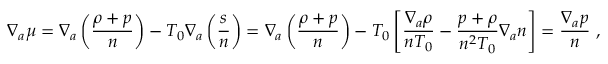
\nabla _ { a } \mu = \nabla _ { a } \left( \frac { \rho + p } { n } \right) - T _ { 0 } \nabla _ { a } \left( \frac { s } { n } \right) = \nabla _ { a } \left( \frac { \rho + p } { n } \right) - T _ { 0 } \left[ \frac { \nabla _ { a } \rho } { n T _ { 0 } } - \frac { p + \rho } { n ^ { 2 } T _ { 0 } } \nabla _ { a } n \right] = \frac { \nabla _ { a } p } { n } ~ ,